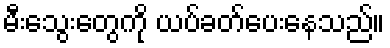
မီးသွေးတွေကို ယပ်ခတ်ပေးနေသည်။